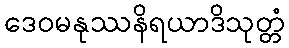
ဒေဝမနုဿနိရယာဒိသုတ္တံ